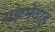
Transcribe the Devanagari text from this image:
यज्ञमेवाहु